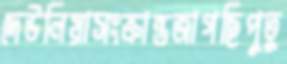
দেউলিয়াসংক্রান্তজাগছিপুতু